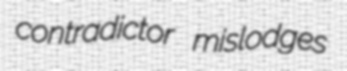
contradictor mislodges